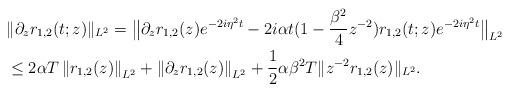
LaTeX: \begin{align*}& \|\partial_{z} r_{1,2}(t;z) \|_{L^2} = \big\| \partial_{z} r_{1,2}( z)e^{-2i\eta^2 t} - 2i\alpha t (1 -\frac{\beta^2}{4}z^{-2}) r_{1,2}(t;z) e^{-2i\eta^2 t}\big\|_{L^2} \\&\leq 2\alpha T \left\| r_{1,2}( z)\right\|_{L^2}+\left\|\partial_{z} r_{1,2}( z)\right\|_{L^2} + \frac{1}{2} \alpha\beta^2 T \| z^{-2} r_{1,2}( z) \|_{L^2}.\end{align*}